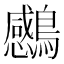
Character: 𮭗